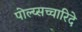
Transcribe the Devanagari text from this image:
पोल्य्सच्चारिदे